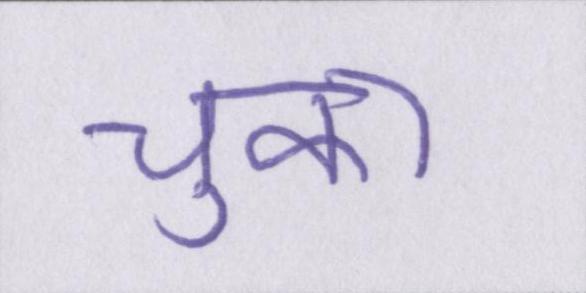
चुका